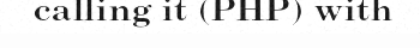
calling it (PHP) with